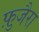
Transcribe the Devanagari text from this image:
फ़ुजैरा